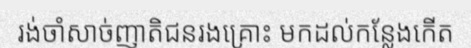
រង់ចាំសាច់ញាតិជនរងគ្រោះ មកដល់កន្លែងកើត